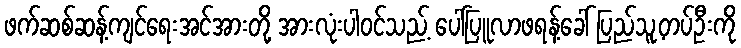
ဖက်ဆစ်ဆန့်ကျင်ရေးအင်အားတို့ အားလုံးပါဝင်သည့် ပေါ်ပြူလာဖရန့်ခေါ် ပြည်သူ့တပ်ဦးကို